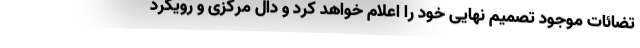
تضائات موجود تصمیم نهایی خود را اعلام خواهد کرد و دال مرکزی و رویکرد